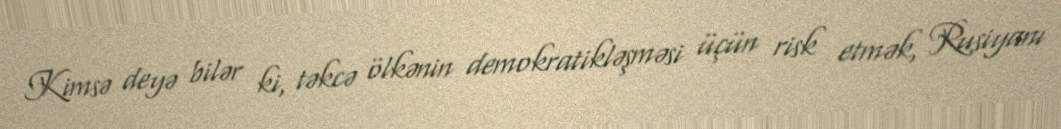
Kimsə deyə bilər ki, təkcə ölkənin demokratikləşməsi üçün risk etmək, Rusiyanı